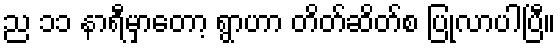
ည ၁၁ နာရီမှာတော့ ရွာဟာ တိတ်ဆိတ်စ ပြုလာပါပြီ။